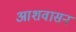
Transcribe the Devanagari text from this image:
आशवासन